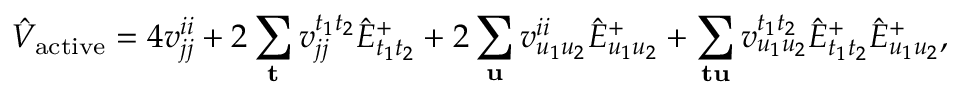
\hat { V } _ { \mathrm { a c t i v e } } = 4 v _ { j j } ^ { i i } + 2 \sum _ { \mathbf { t } } v _ { j j } ^ { t _ { 1 } t _ { 2 } } \hat { E } _ { t _ { 1 } t _ { 2 } } ^ { + } + 2 \sum _ { \mathbf { u } } v _ { u _ { 1 } u _ { 2 } } ^ { i i } \hat { E } _ { u _ { 1 } u _ { 2 } } ^ { + } + \sum _ { \mathbf { t } \mathbf { u } } v _ { u _ { 1 } u _ { 2 } } ^ { t _ { 1 } t _ { 2 } } \hat { E } _ { t _ { 1 } t _ { 2 } } ^ { + } \hat { E } _ { u _ { 1 } u _ { 2 } } ^ { + } ,